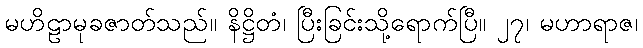
မဟိဠာမုခဇာတ်သည်။ နိဋ္ဌိတံ၊ ပြီးခြင်းသို့ရောက်ပြီ။ ၂၇၊ မဟာရာဇ၊